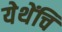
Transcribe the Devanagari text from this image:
येथेंचि